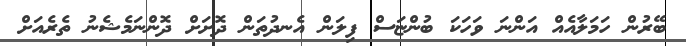
ބޭރުން ހަމަލާއެއް އަންނަ ވަހަކަ ބުންޏަސް ފިލަން އެނދުތަން ދޮށަށް ދޮންނަމެޝެނު ތެރެއަށްް